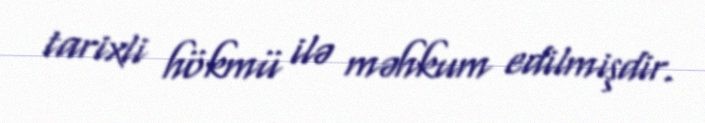
tarixli hökmü ilə məhkum edilmişdir.